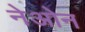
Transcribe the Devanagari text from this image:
नेओन